Vaccination in Bombay 1913-1923 - 1913-1923
Year: 1913
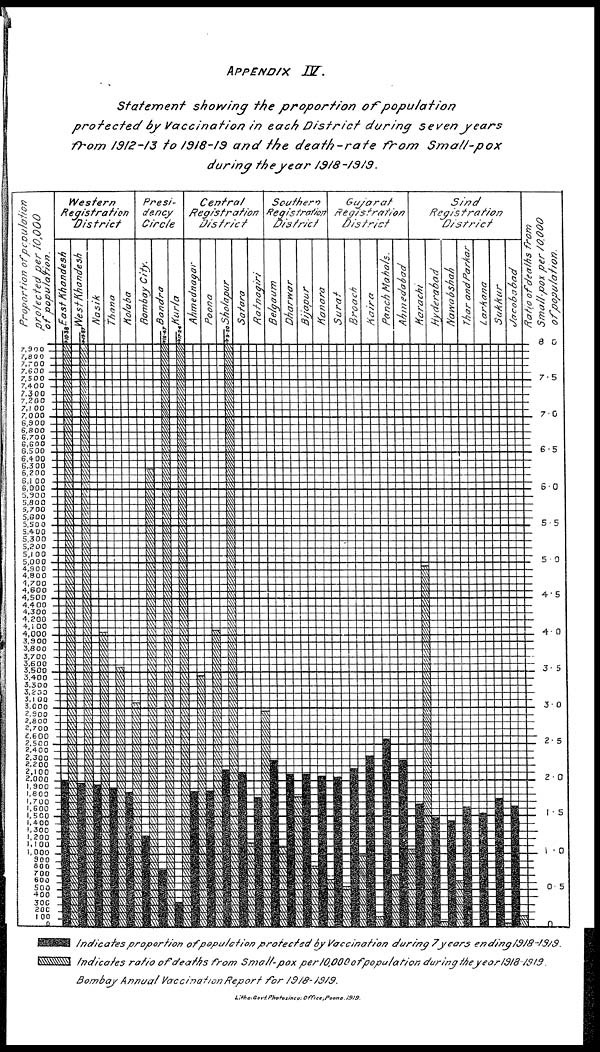
APPENDIX
IV.
Statement
showing the proportion
of
population
protected
by Vaccination
in each District
during seven
years
from 1912-13 to 1918-19 and the death-rate
from
Small-pox
during the year
1918-1919.